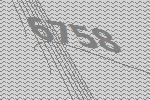
6758